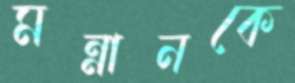
মন্নানকে